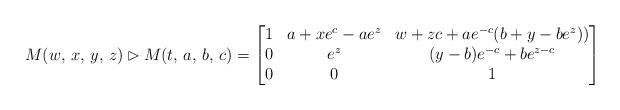
LaTeX: \begin{align*}&M(w,\,x,\,y,\,z)\rhd M(t,\,a,\,b,\,c)= \begin{bmatrix}1 & a+xe^{c}-ae^{z} & w+ zc+ae^{-c}(b+y-be^{z}))\\ 0 & e^{z} & (y-b)e^{-c}+be^{z-c}\\ 0& 0& 1\end{bmatrix}\end{align*}